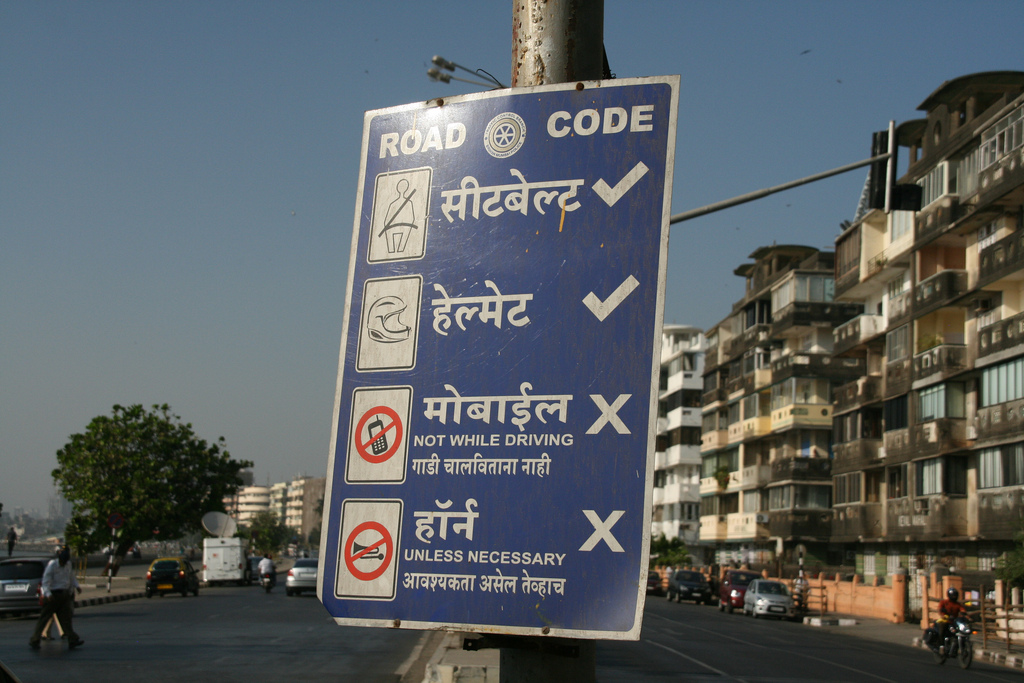
Language: hindi
Transcription: तेव्हाच हेल्मेट सीटबेल्ट असेल आवश्यकता हॉर्न नाही चालविताना मोबाईल